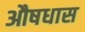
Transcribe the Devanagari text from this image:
औषधास